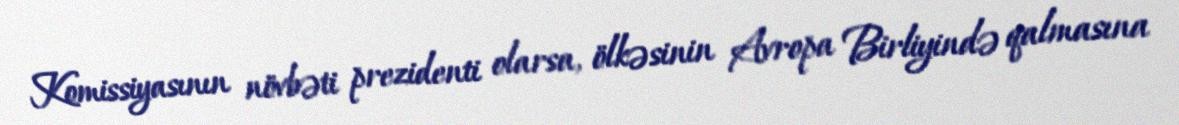
Komissiyasının növbəti prezidenti olarsa, ölkəsinin Avropa Birliyində qalmasına